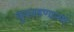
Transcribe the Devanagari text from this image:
कुरतडणाऱ्या